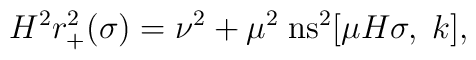
H^2r_+^2(\sigma)=\nu^2+\mu^2\;\mbox{ns}^2[\mu H\sigma,\;k],